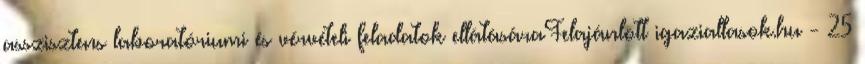
asszisztens laboratóriumi és vérvételi feladatok ellátásáraFelajánlott igaziallasok.hu - 25